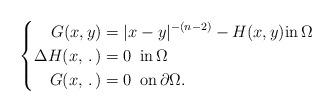
LaTeX: \begin{align*}\left\lbrace\begin{aligned}G(x,y)&=|x-y|^{-(n-2)}-H(x,y)\mbox{in}\, \Omega\\\Delta H(x,\,.\,)&=0 \,\,\,\mbox{in} \,\Omega\\G(x,\,.\,)&=0\,\,\,\mbox{on}\,\partial\Omega.\end{aligned}\right.\end{align*}